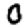
Digit: 0